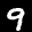
Label: 9